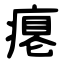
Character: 瘪